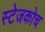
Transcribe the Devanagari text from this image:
स्‍टेजकोच